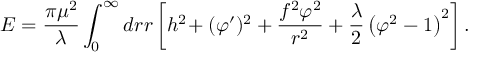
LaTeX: { \cal E } = { \frac { \pi \mu ^ { 2 } } { \lambda } } \int _ { 0 } ^ { \infty } d r r \left[ h ^ { 2 } \! + ( \varphi ^ { \prime } ) ^ { 2 } + { \frac { f ^ { 2 } \varphi ^ { 2 } } { r ^ { 2 } } } + { \frac { \lambda } { 2 } } \left( \varphi ^ { 2 } - 1 \right) ^ { 2 } \right] .